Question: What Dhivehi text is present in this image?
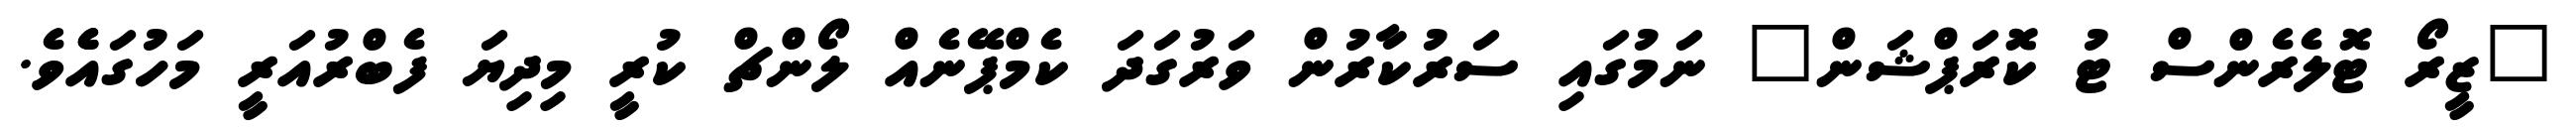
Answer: "ޒީރޯ ޓޮލެރެންސް ޓު ކޮރަޕްޝަން" ނަމުގައި ސަރުކާރުން ވަރުގަދަ ކެމްޕޭނެއް ލޯންޗް ކުރީ މިދިޔަ ފެބްރުއަރީ މަހުގައެެވެ.